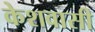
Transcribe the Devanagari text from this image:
केशवासी